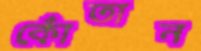
কোঁতান